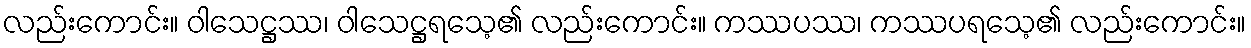
လည်းကောင်း။ ဝါသေဋ္ဌဿ၊ ဝါသေဋ္ဌရသေ့၏ လည်းကောင်း။ ကဿပဿ၊ ကဿပရသေ့၏ လည်းကောင်း။